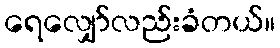
ရေလျှော်လည်းခံတယ်။